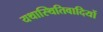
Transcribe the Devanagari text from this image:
यथास्थितिवादियों